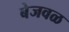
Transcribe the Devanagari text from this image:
बेजवळ